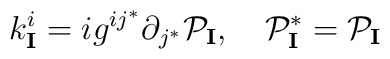
k^i_{\mathbf{I}}=i g^{i j^*} \partial_{j^*} {\cal P}_{\mathbf{I}},\quad {\cal P}^*_{\mathbf{I}} = {\cal P}_{\mathbf{I}}